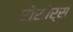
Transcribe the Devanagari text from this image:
रोसोर्स